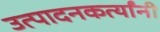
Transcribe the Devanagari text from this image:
उत्पादनकर्त्यांनी